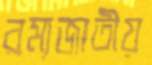
রম্যজাতীয়